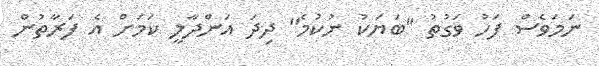
ނަމަވެސް ފަހު ވަގުތު "ބަޔަކު ނުކުމެ" ދިދަ އަންދާލީ ކަމަށް އެ ފަރާތުން